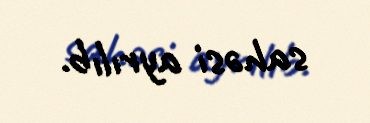
sahəsi ayrılıb.